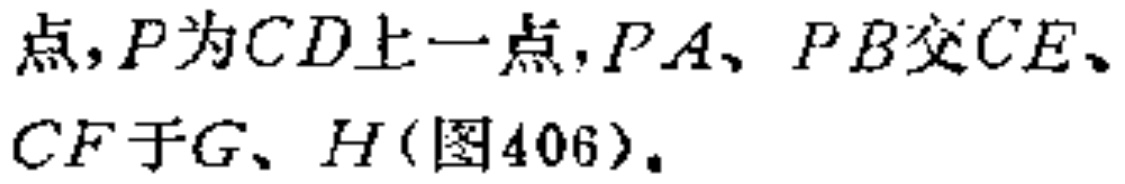
点，\(P\)为\(CD\)上一点，\(PA\)、\(PB\)交\(CE\)、\(CF\)于\(G\)、\(H\)(图406)。